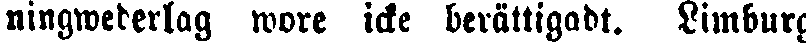
ningwederlag wore icke berättigadt. Limburg